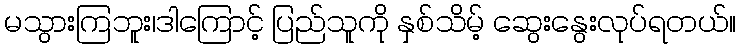
မသွားကြဘူး၊ဒါကြောင့် ပြည်သူကို နှစ်သိမ့် ဆွေးနွေးလုပ်ရတယ်။